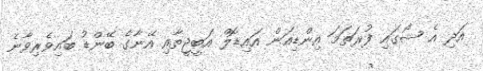
އަދި އެ ޝޯގައި ފުރަތަމަ އިންޑިއަން އައިޑޮލް އަބީޖީތާއި އޭނާގެ ބޭންޑު ބައިވެރިވާނެ